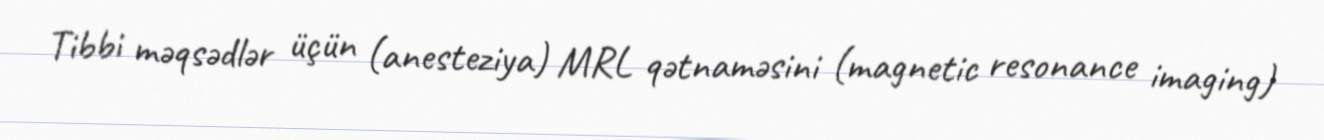
Tibbi məqsədlər üçün (anesteziya) MRL qətnaməsini (magnetic resonance imaging)